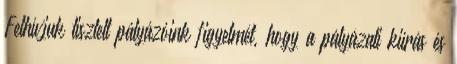
Felhívjuk tisztelt pályázóink figyelmét, hogy a pályázati kiírás és